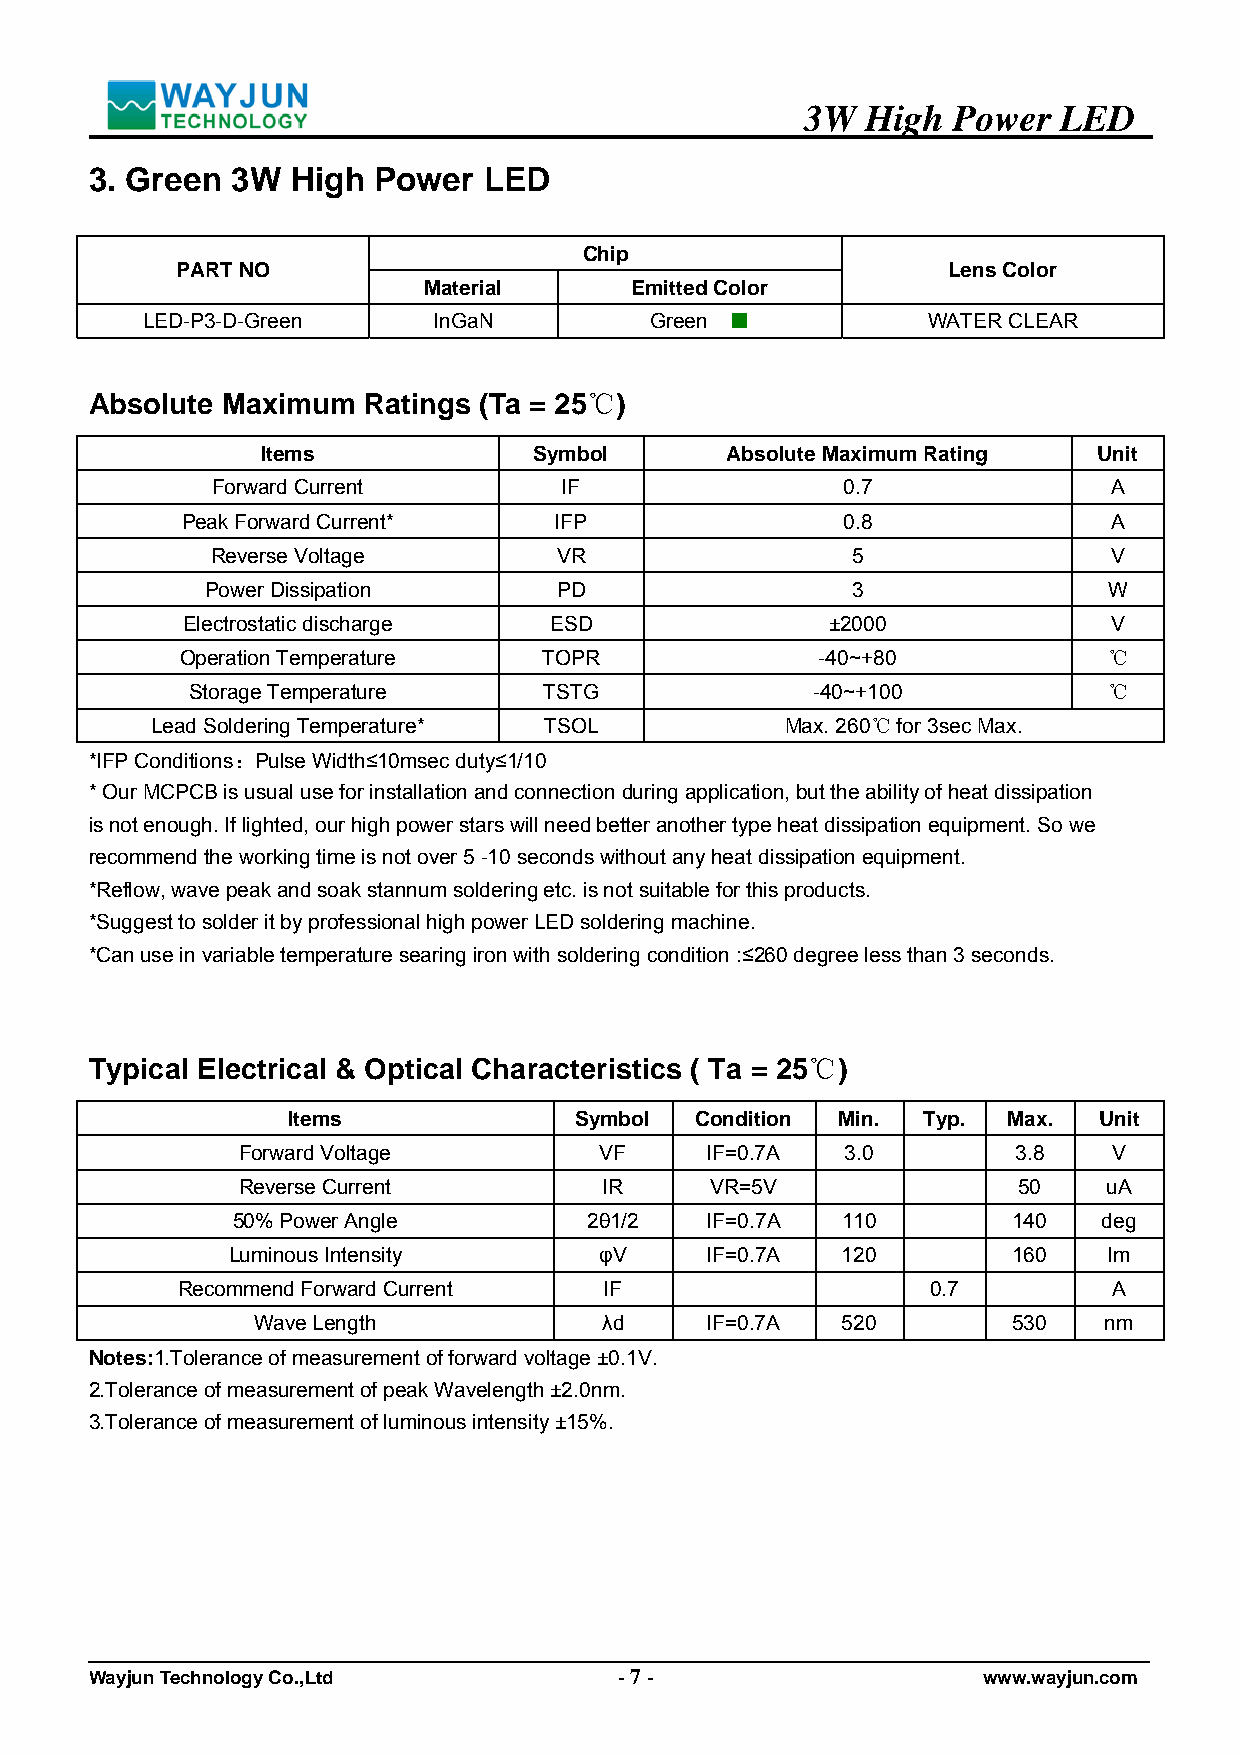
3W  High  Power  LED
 3. Green 3W  High  Power  LED
 Chip
 PART NO                                            Lens Color
 Material      Emitted Color
 LED-P3-D-Green      InGaN         Green ■           WATER CLEAR
 Absolute Maximum  Ratings (Ta = 25℃)
 Items             Symbol       Absolute Maximum Rating  Unit
 Forward Current        IF                 0.7               A
 Peak Forward Current*    IFP                0.8              A
 Reverse Voltage        VR                 5                 V
 Power Dissipation      PD                 3                W
 Electrostatic discharge ESD                ±2000              V
 Operation Temperature   TOPR              -40~+80            ℃
 Storage Temperature    TSTG              -40~+100           ℃
 Lead Soldering Temperature* TSOL          Max. 260℃ for 3sec Max.
 *IFP Conditions：Pulse Width≤10msec duty≤1/10
 * Our MCPCB is usual use for installation and connection during application, but the ability of heat dissipation
 is not enough. If lighted, our high power stars will need better another type heat dissipation equipment. So we
 recommend the working time is not over 5 -10 seconds without any heat dissipation equipment.
 *Reflow, wave peak and soak stannum soldering etc. is not suitable for this products.
 *Suggest to solder it by professional high power LED soldering machine.
 *Can use in variable temperature searing iron with soldering condition :≤260 degree less than 3 seconds.
 Typical Electrical & Optical Characteristics ( Ta = 25℃)
 Items              Symbol  Condition Min. Typ.  Max.  Unit
 Forward Voltage         VF     IF=0.7A  3.0        3.8    V
 Reverse Current         IR     VR=5V               50    uA
 50% Power Angle         2θ1/2   IF=0.7A  110        140   deg
 Luminous Intensity       φV     IF=0.7A  120        160   lm
 Recommend Forward Current   IF                    0.7         A
 Wave Length            λd     IF=0.7A  520        530   nm
 Notes:1.Tolerance of measurement of forward voltage ±0.1V.
 2.Tolerance of measurement of peak Wavelength ±2.0nm.
 3.Tolerance of measurement of luminous intensity ±15%.
 Wayjun Technology Co.,Ltd          - 7 -                   www.wayjun.com